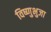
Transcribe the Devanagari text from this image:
विष्णुभुजा